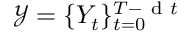
\mathcal { Y } = \{ Y _ { t } \} _ { t = 0 } ^ { T - \mathrm { ~ d ~ } t }